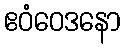
ဧဝံဝေဒနော